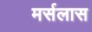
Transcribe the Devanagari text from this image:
मर्सलास